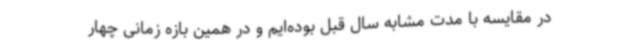
در مقایسه با مدت مشابه سال قبل بوده‌ایم و در همین بازه زمانی چهار